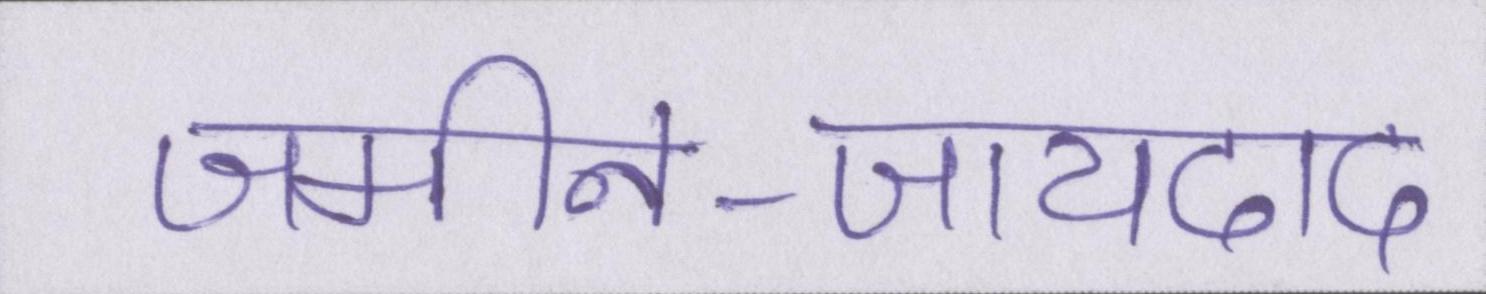
जमीन-जायदाद